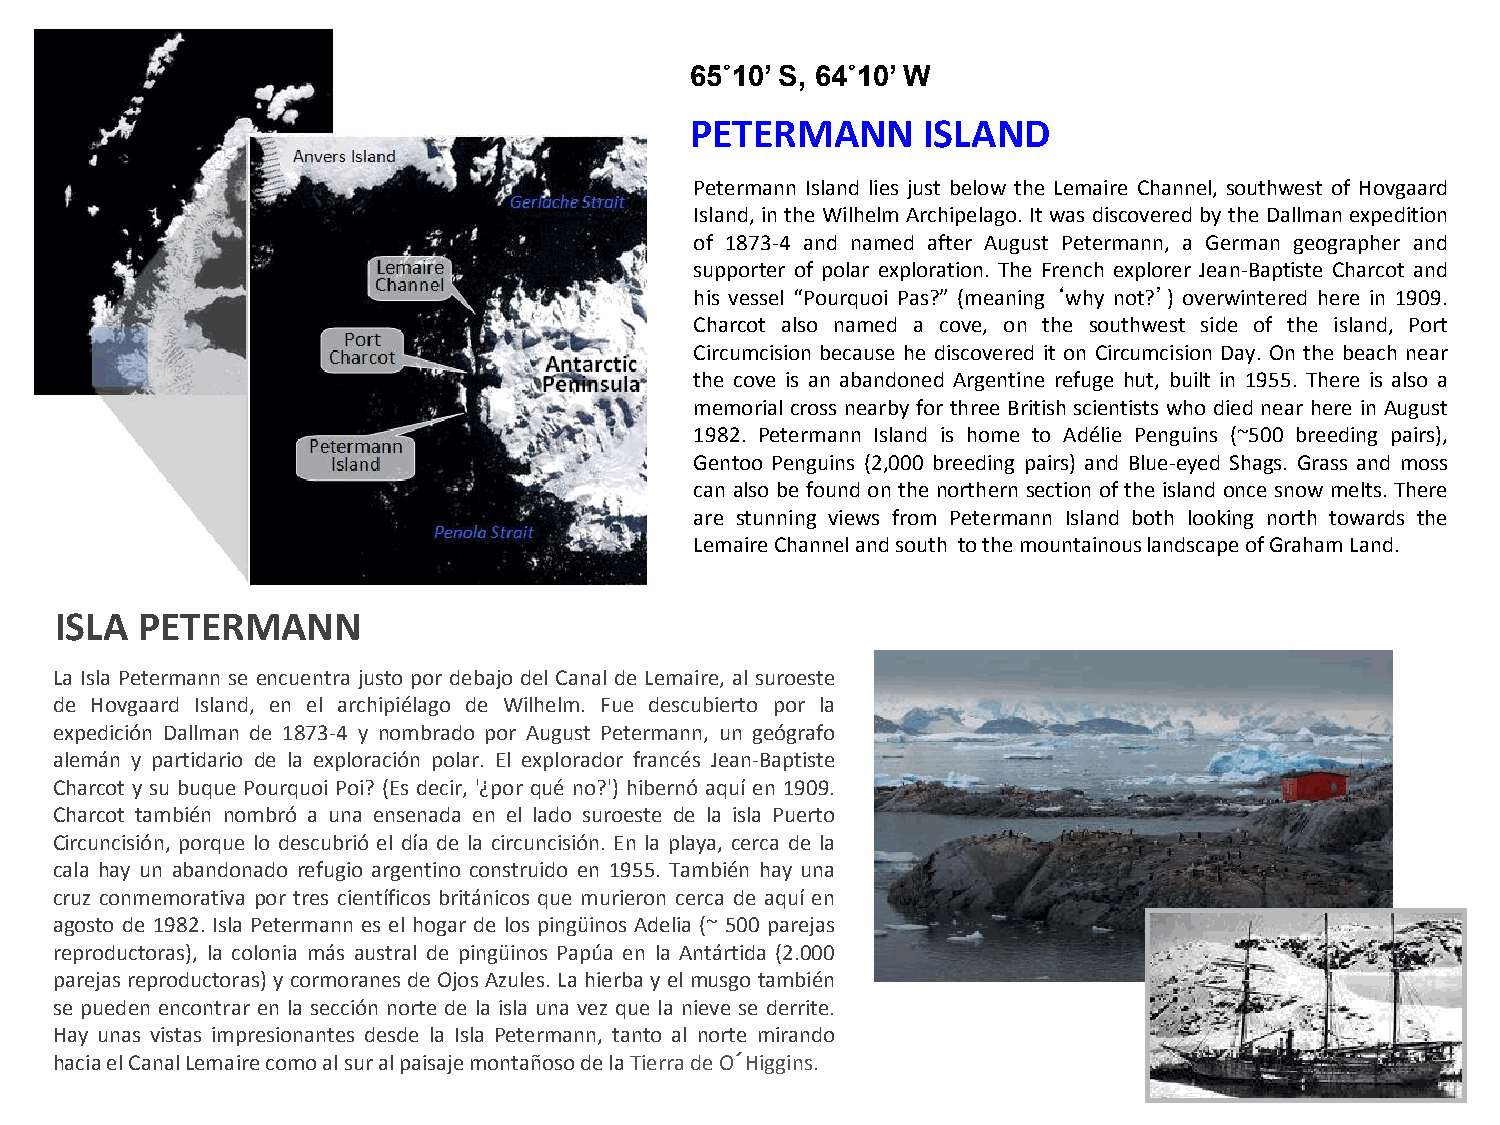
65˚10’ S, 64˚10’ W
 PETERMANN      ISLAND
 Petermann Island lies just below the Lemaire Channel, southwest of Hovgaard
 Island, in the Wilhelm Archipelago. It was discovered by the Dallman expedition
 of 1873-4 and named after August Petermann, a German geographer and
 supporter of polar exploration. The French explorer Jean-Baptiste Charcot and
 his vessel “Pourquoi Pas?” (meaning ‘why not?’) overwintered here in 1909.
 Charcot also named a cove, on the southwest side of the island, Port
 Circumcision because he discovered it on Circumcision Day. On the beach near
 the cove is an abandoned Argentine refuge hut, built in 1955. There is also a
 memorial cross nearby for three British scientists who died near here in August
 1982. Petermann Island is home to Adélie Penguins (~500 breeding pairs),
 Gentoo Penguins (2,000 breeding pairs) and Blue-eyed Shags. Grass and moss
 can also be found on the northern section of the island once snow melts. There
 are stunning views from Petermann Island both looking north towards the
 Lemaire Channel and south to the mountainous landscape of Graham Land.
 ISLA PETERMANN
 La Isla Petermann se encuentra justo por debajo del Canal de Lemaire, al suroeste
 de Hovgaard Island, en el archipiélago de Wilhelm. Fue descubierto por la
 expedición Dallman de 1873-4 y nombrado por August Petermann, un geógrafo
 alemán y partidario de la exploración polar. El explorador francés Jean-Baptiste
 Charcot y su buque Pourquoi Poi? (Es decir, '¿por qué no?') hibernó aquí en 1909.
 Charcot también nombró a una ensenada en el lado suroeste de la isla Puerto
 Circuncisión, porque lo descubrió el día de la circuncisión. En la playa, cerca de la
 cala hay un abandonado refugio argentino construido en 1955. También hay una
 cruz conmemorativa por tres científicos británicos que murieron cerca de aquí en
 agosto de 1982. Isla Petermann es el hogar de los pingüinos Adelia (~ 500 parejas
 reproductoras), la colonia más austral de pingüinos Papúa en la Antártida (2.000
 parejas reproductoras) y cormoranes de Ojos Azules. La hierba y el musgo también
 se pueden encontrar en la sección norte de la isla una vez que la nieve se derrite.
 Hay unas vistas impresionantes desde la Isla Petermann, tanto al norte mirando
 hacia el Canal Lemaire como al sur al paisaje montañoso de la Tierra de O´Higgins.